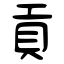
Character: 貢